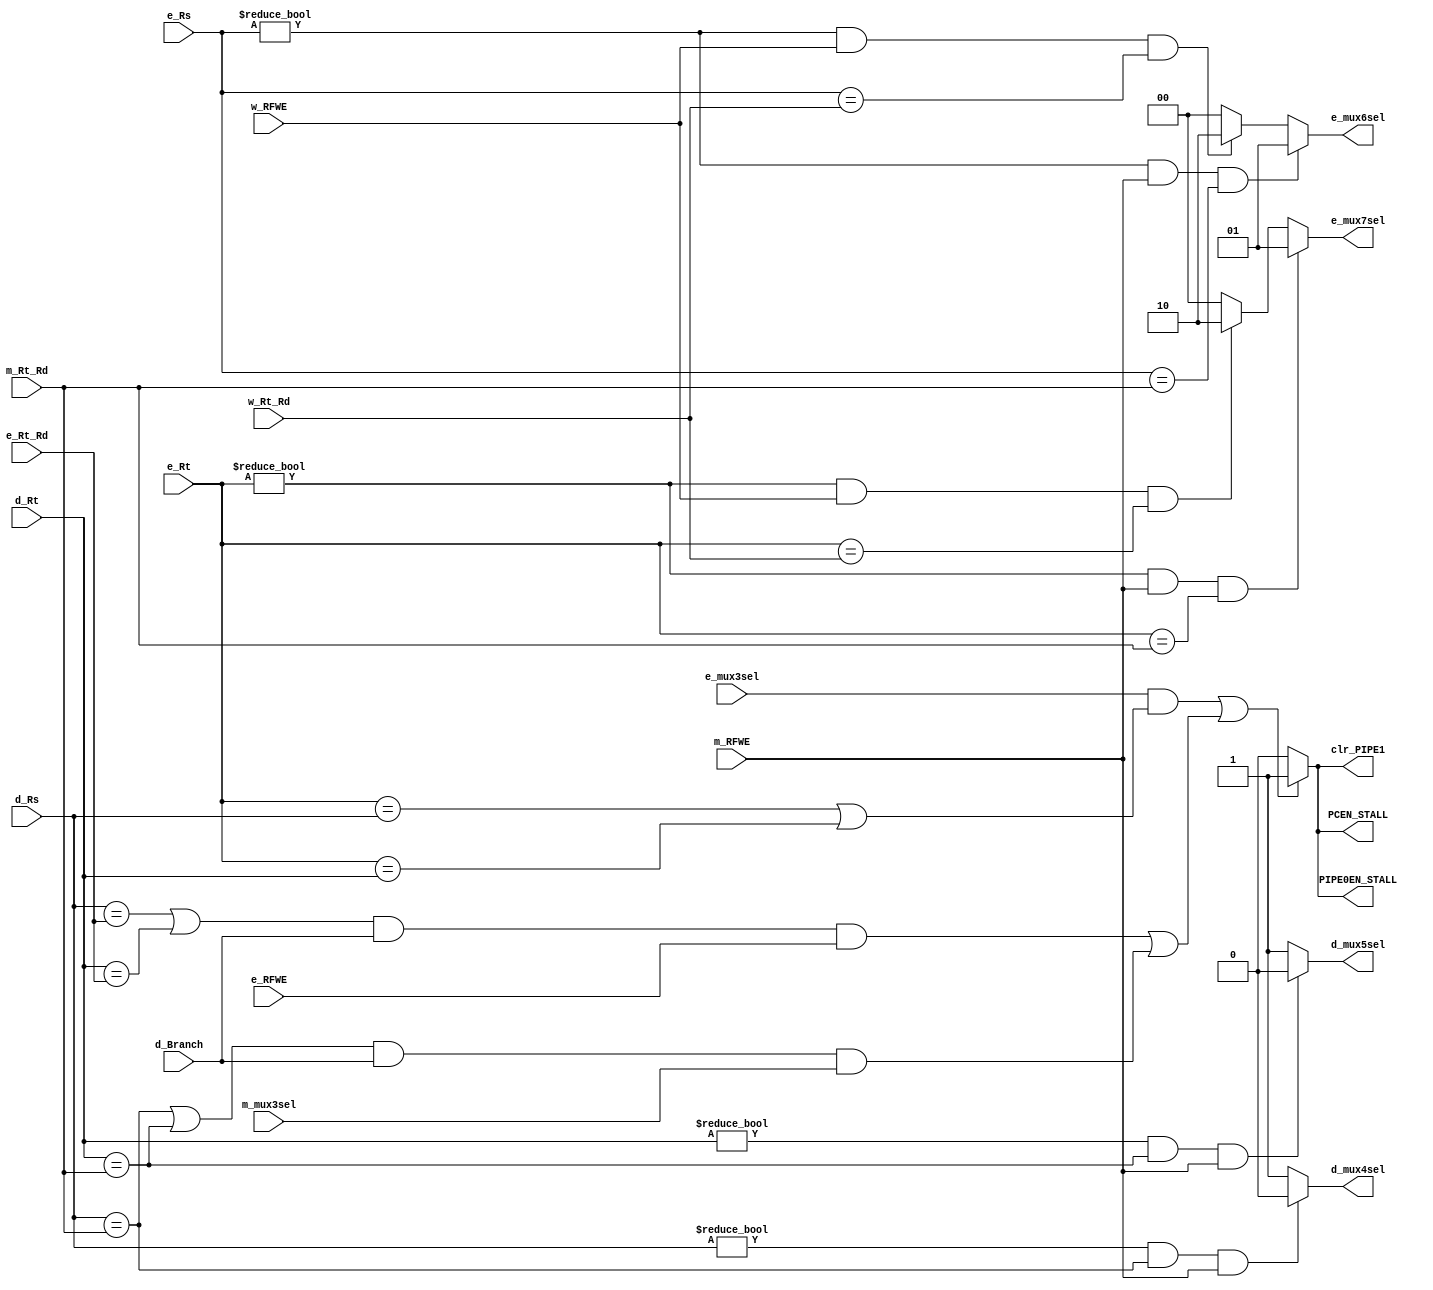
`timescale 1ns / 1ps
//////////////////////////////////////////////////////////////////////////////////
// Company: 
// Engineer: 
// 
// Design Name: 
// Module Name: hazard_unit
// Project Name: 
// Target Devices: 
// Tool Versions: 
// Description: 
// 
// Dependencies: 
// 
// Revision:
// Revision 0.01 - File Created
// Additional Comments:
// 
//////////////////////////////////////////////////////////////////////////////////


module hazard_unit
/*** PARAMETERS ***/
#(parameter
    // WL
    ADDR_RF_WL  = 5
)
/*** IN/OUT ***/
(
    // IN
    input                       d_Branch,
                                e_RFWE,
                                m_RFWE,
                                w_RFWE,
                                e_mux3sel,
                                m_mux3sel,
    // data
    input [ADDR_RF_WL - 1 : 0]  d_Rt,
                                d_Rs,
                                e_Rt,
                                e_Rs,
                                e_Rt_Rd,
                                m_Rt_Rd,
                                w_Rt_Rd,                               
    // OUT
    output                      PCEN_STALL,
                                PIPE0EN_STALL,
                                clr_PIPE1,
                                d_mux4sel,
                                d_mux5sel,
    output [1 : 0]              e_mux6sel,
                                e_mux7sel
);
    localparam choose_m_alu_out = 1'b0, choose_d_RFRD1 = 1, choose_d_RFRD2 = 1;
    localparam choose_e_RFRD2 = 0, choose_e_RFRD1 = 0, choose_w_mux3_out = 2, choose_mem_alu_out = 1;
    localparam STALL = 1, DONT_STALL = 0;
    
    wire Branchstall;
    
    /** DATA HAZARDS **/
    // IF this an R type and you intend to use the data that is about to be written into Rs/Rt, use data in the mem stage
    // ELSE IF this an R type and you intend to use the data that is about to be written into Rs/Rt, use data in the write stage
    // ELSE just use that data you got from Rs/Rt
    assign e_mux6sel        =       ((e_Rs != 0) && m_RFWE && (e_Rs == m_Rt_Rd)) ? choose_mem_alu_out 
                                    : ((e_Rs != 0) && w_RFWE && (e_Rs == w_Rt_Rd)) ? choose_w_mux3_out
                                    : choose_e_RFRD1;
    assign e_mux7sel        =       ((e_Rt != 0) && m_RFWE && (e_Rt == m_Rt_Rd)) ? choose_mem_alu_out
                                    : ((e_Rt != 0) && w_RFWE && (e_Rt == w_Rt_Rd)) ? choose_w_mux3_out 
                                    : choose_e_RFRD2;   
    
    /** CONTROL HAZARDS **/
    // Stall if you are waiting for the values to be computed for your branch instruction to do the comparison
    assign Branchstall      =       (d_Rs == e_Rt_Rd || d_Rt == e_Rt_Rd) && d_Branch && e_RFWE || (d_Rs == m_Rt_Rd || d_Rt == m_Rt_Rd) && d_Branch && m_mux3sel;
    
    // Stall if you are waiting for the data to come into the registers you are intending to use
    assign PCEN_STALL       =       ((e_mux3sel && ((e_Rt == d_Rs) || (e_Rt == d_Rt))) || Branchstall) ? STALL
                                    : DONT_STALL;
    assign PIPE0EN_STALL    =       ((e_mux3sel && ((e_Rt == d_Rs) || (e_Rt == d_Rt))) || Branchstall) ? STALL
                                    : DONT_STALL;
     
    // If the data needed for the branch instruction is available in the mem stage, you can forward it to the comparator
    // Otherwise that's why there is a branch stall
    assign d_mux4sel        =       ((d_Rs != 0) && (d_Rs == m_Rt_Rd) && m_RFWE) ? choose_m_alu_out 
                                    : choose_d_RFRD1;
    assign d_mux5sel        =       ((d_Rt != 0) && (d_Rt == m_Rt_Rd) && m_RFWE) ? choose_m_alu_out 
                                    : choose_d_RFRD1;   
                                    
    // Flush when you are stalling the program counter
    assign clr_PIPE1        =       PCEN_STALL;
                            
endmodule